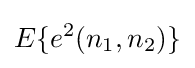
E\{e^{2}(n_{1},n_{2})\}